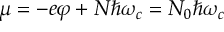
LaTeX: \mu = - e \varphi + N \hbar \omega _ { c } = N _ { 0 } \hbar \omega _ { c }